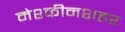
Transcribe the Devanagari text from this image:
मेश्कीनशहर